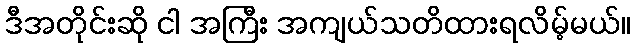
ဒီအတိုင်းဆို ငါ အကြီး အကျယ်သတိထားရလိမ့်မယ်။